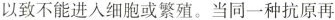
以致不能进入细胞或繁殖。当同一种抗原再